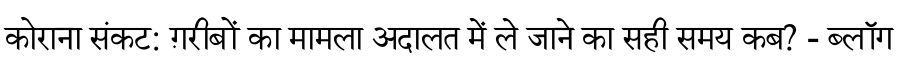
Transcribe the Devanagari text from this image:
कोराना संकट: ग़रीबों का मामला अदालत में ले जाने का सही समय कब? - ब्लॉग